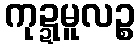
ကုဍ္ဍမူလဉ္စ